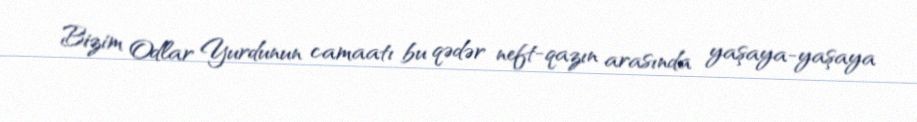
Bizim Odlar Yurdunun camaatı bu qədər neft-qazın arasında yaşaya-yaşaya